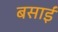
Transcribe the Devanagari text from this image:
बसाईं